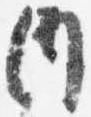
内